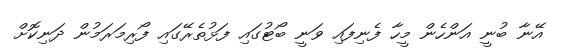
އޭނާ ބުނީ އަންހެން މީހާ ފެނިފައި ވަނީ ބޯޓުގައި ފަޅުތެރޭގައި ފޯރިމަރަމުން ދަނިކޮށް